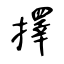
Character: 擇